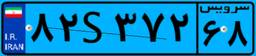
۸۰S۶۷۸۳۴